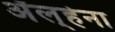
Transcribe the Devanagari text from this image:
अॅल्हेना